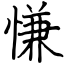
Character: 慊